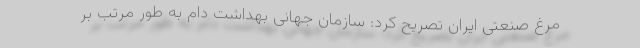
مرغ صنعتی ایران تصریح کرد: سازمان جهانی بهداشت دام به طور مرتب بر